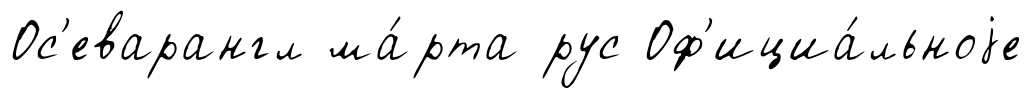
Ос'еварангл ма́рта рус Оф'ициа́льноjе